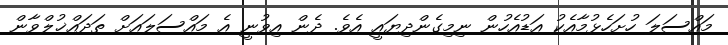
މައްސަލަ ހުށަހެޅުމާއެކު އަޑުއެހުން ނިމިގެންދިޔައީ އެވެ. ދެން އިވުނީ އެ މައްސަލައަށް ތަދައްޚުލްވާން